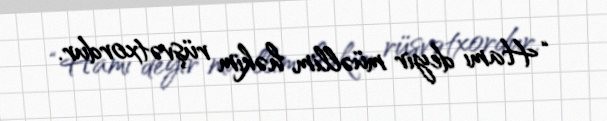
“Hamı deyir müəllim, həkim rüşvətxordur.